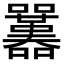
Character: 𡅱